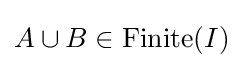
A\cup B\in \operatorname {Finite} (I)